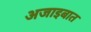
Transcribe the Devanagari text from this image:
अजाइबात